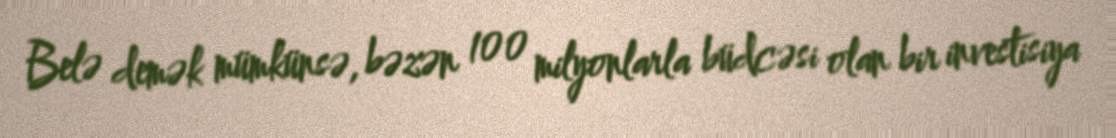
Belə demək mümkünsə, bəzən 100 milyonlarla büdcəsi olan bir investisiya